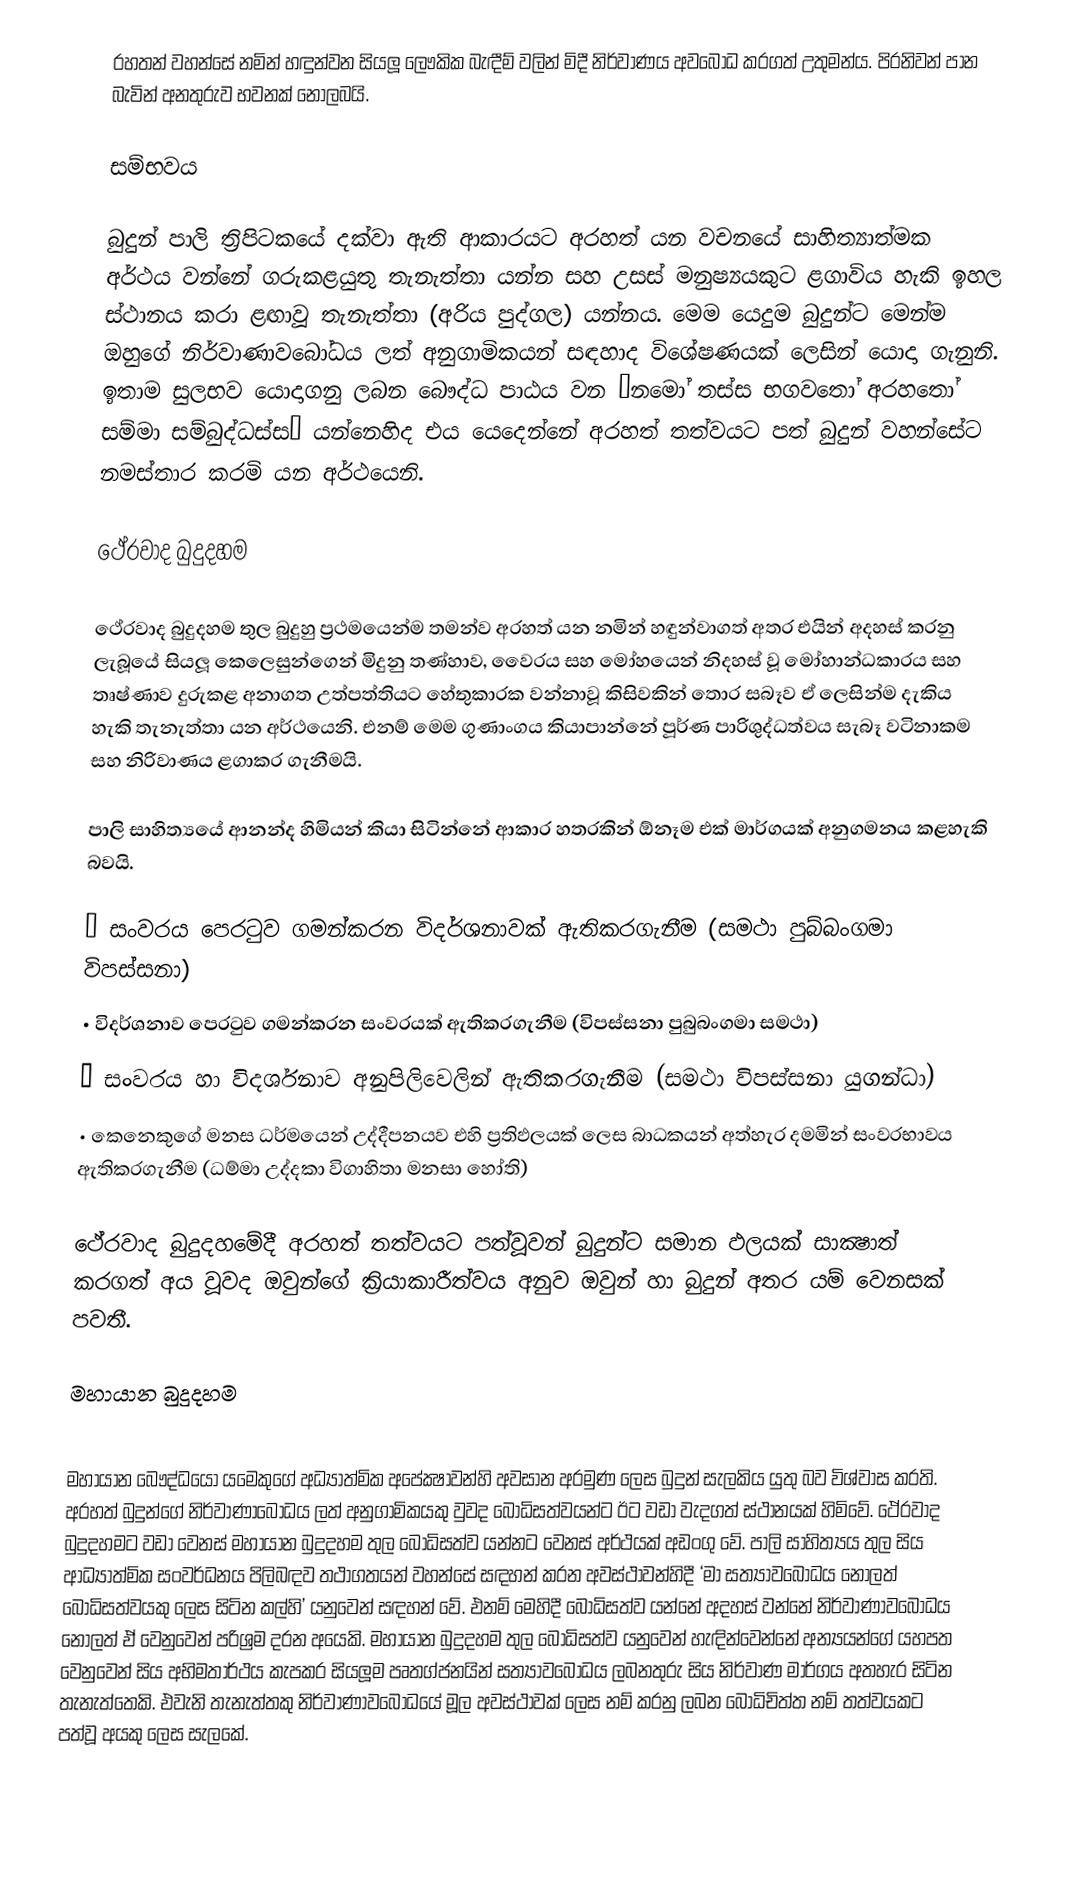
රහතන් වහන්සේ  නමින් හඳුන්වන සියලූ ලෞකික බැඳීම් වලින් මිදී නිර්වාණය අවබෝධ කරගත් උතුමන්ය.  පිරනිවන් පාන බැවින් අනතුරුව භවනක් නොලබයි.

සම්භවය

බුදුන් පාලි ත්‍රිපිටකයේ දක්වා ඇති ආකාරයට අරහත් යන වචනයේ සාහිත්‍යාත්මක අර්ථය වන්නේ ගරුකළයුතු තැනැත්තා යන්න සහ උසස් මනුෂ්‍යයකුට ළගාවිය හැකි ඉහල ස්ථානය කරා ළඟාවූ තැනැත්තා (අරිය පුද්ගල) යන්නය. මෙම යෙදුම බුදුන්ට මෙන්ම ඔහුගේ නිර්වාණාවබෝධය ලත් අනුගාමිකයන් සඳහාද විශේෂණයක් ලෙසින් යොදා ගැනුනි. ඉතාම සුලභව යොදාගනු ලබන බෞද්ධ පාඨය වන ‘නමෝ තස්ස භගවතෝ අරහතෝ සම්මා සම්බුද්ධස්ස’ යන්නෙහිද එය යෙදෙන්නේ අරහත් තත්වයට පත් බුදුන් වහන්සේට නමස්තාර කරමි යන අර්ථයෙනි.

ථේරවාද බුදුදහම

ථේරවාද බුදුදහම තුල බුදුහු ප්‍රථමයෙන්ම තමන්ව අරහත් යන නමින් හඳුන්වාගත් අතර එයින් අදහස් කරනු ලැබූයේ සියලූ කෙලෙසුන්ගෙන් මිදුනු තණ්හාව, වෛරය සහ මෝහයෙන් නිදහස් වූ මෝහාන්ධකාරය සහ තෘෂ්ණාව දුරුකළ අනාගත උත්පත්තියට හේතුකාරක වන්නාවූ කිසිවකින් තොර සබෑව ඒ ලෙසින්ම දැකිය හැකි තැනැත්තා යන අර්ථයෙනි. එනම් මෙම ගුණාංගය කියාපාන්නේ පූර්ණ පාරිශුද්ධත්වය සැබෑ වටිනාකම සහ නිරිවාණය ළගාකර ගැනීමයි.

පාලි සාහිත්‍යයේ ආනන්ද හිමියන් කියා සිටින්නේ ආකාර හතරකින්  ඕනෑම එක් මාර්ගයක් අනුගමනය කළහැකි බවයි.

•	සංවරය පෙරටුව ගමන්කරන විදර්ශනාවක් ඇතිකරගැනීම (සමථා පුබ්බංගමා විපස්සනා)
•	විදර්ශනාව පෙරටුව ගමන්කරන සංවරයක් ඇතිකරගැනීම (විපස්සනා පුබුබංගමා සමථා)
•	සංවරය හා විදර්ශනාව අනුපිලිවෙලින් ඇතිකරගැනීම (සමථා විපස්සනා යුගන්ධා)
•	කෙනෙකුගේ මනස ධර්මයෙන් උද්දීපනයව එහි ප්‍රතිඵලයක් ලෙස බාධකයන් අත්හැර දමමින් සංවරභාවය ඇතිකරගැනීම (ධම්මා උද්දකා විගාහිතා මනසා හෝති)

ථේරවාද බුදුදහමේදී අරහත් තත්වයට පත්වූවන් බුදුන්ට සමාන ඵලයක් සාක්‍ෂාත් කරගත් අය වූවද ඔවුන්ගේ ක්‍රියාකාරීත්වය අනුව ඔවුන් හා බුදුන් අතර යම් වෙනසක් පවතී.

මහායාන බුදුදහම

මහායාන බෞද්ධයෝ යමෙකුගේ අධ්‍යාත්මික අපේක්‍ෂාවන්හි අවසාන අරමුණ ලෙස බුදුන් සැලකිය යුතු බව විශ්වාස කරති. අරහත් බුදුන්ගේ නිර්වාණාබෝධය ලත් අනුගාමිකයකු වුවද බෝධිසත්වයන්ට ඊට වඩා වැදගත් ස්ථානයක් හිමිවේ. ථේරවාද බුදුදහමට වඩා වෙනස් මහායාන බුදුදහම තුල බෝධිසත්ව යන්නට වෙනස් අර්ථයක් අඩංගු වේ. පාලි සාහිත්‍යය තුල සිය ආධ්‍යාත්මික සංවර්ධනය පිලිබඳව තථාගතයන් වහන්සේ සඳහන් කරන අවස්ථාවන්හිදී ‘මා සත්‍යාවබෝධය නොලත් බෝධිසත්වයකු ලෙස සිටින කල්හි’ යනුවෙන් සඳහන් වේ. එනම් මෙහිදී බෝධිසත්ව යන්නේ අදහස් වන්නේ නිර්වාණාවබෝධය නොලත් ඒ වෙනුවෙන් පරිශ්‍රම දරන අයෙකි. මහායාන බුදුදහම තුල බෝධිසත්ව යනුවෙන් හැඳින්වෙන්නේ අන්‍යයන්ගේ යහපත වෙනුවෙන් සිය අභිමතාර්ථය කැපකර සියලූම පෘතග්ජනයින් සත්‍යාවබෝධය ලබනතුරු සිය නිර්වාණ මාර්ගය අතහැර සිටින තැනැත්තෙකි. එවැනි තැනැත්තකු නිර්වාණාවබෝධයේ මූල අවස්ථාවක් ලෙස නම් කරනු ලබන බෝධිචිත්ත නම් තත්වයකට පත්වූ අයකු ලෙස සැලකේ.